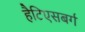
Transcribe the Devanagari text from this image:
हैटिएसबर्ग